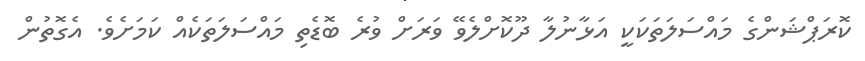
ކޮރަޕްޝަންގެ މައްސަލަތަކަކީ އަޅާނުލާ ދޫކޮށްލެވޭ ވަރަށް ވުރެ ބޮޑެތި މައްސަލަތަކެއް ކަމަށެވެ. އެގޮތުން